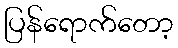
ပြန်ရောက်တော့